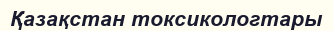
Қазақстан токсикологтары